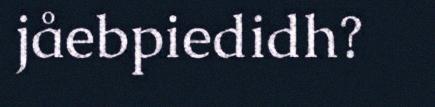
jåebpiedidh?